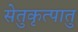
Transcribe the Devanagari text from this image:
सेतुकृत्पातु